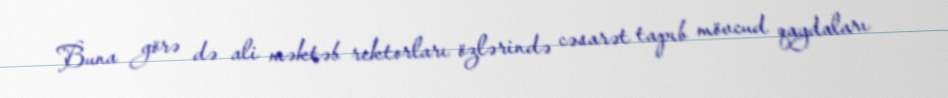
Buna görə də ali məktəb rektorları özlərində cəsarət tapıb mövcud qaydaları